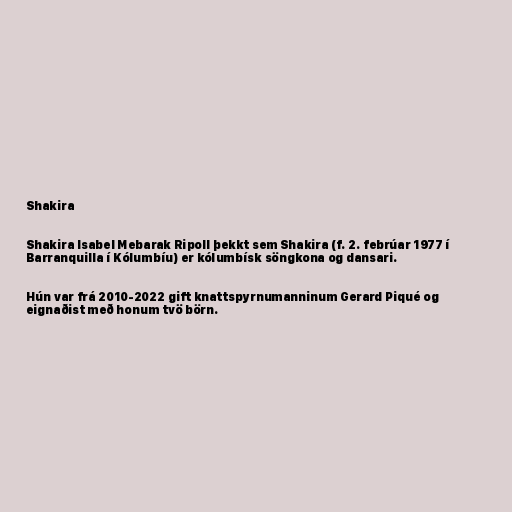
Shakira

Shakira Isabel Mebarak Ripoll þekkt sem Shakira (f. 2. febrúar 1977 í
Barranquilla í Kólumbíu) er kólumbísk söngkona og dansari.

Hún var frá 2010-2022 gift knattspyrnumanninum Gerard Piqué og
eignaðist með honum tvö börn.